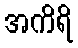
အကိရိ